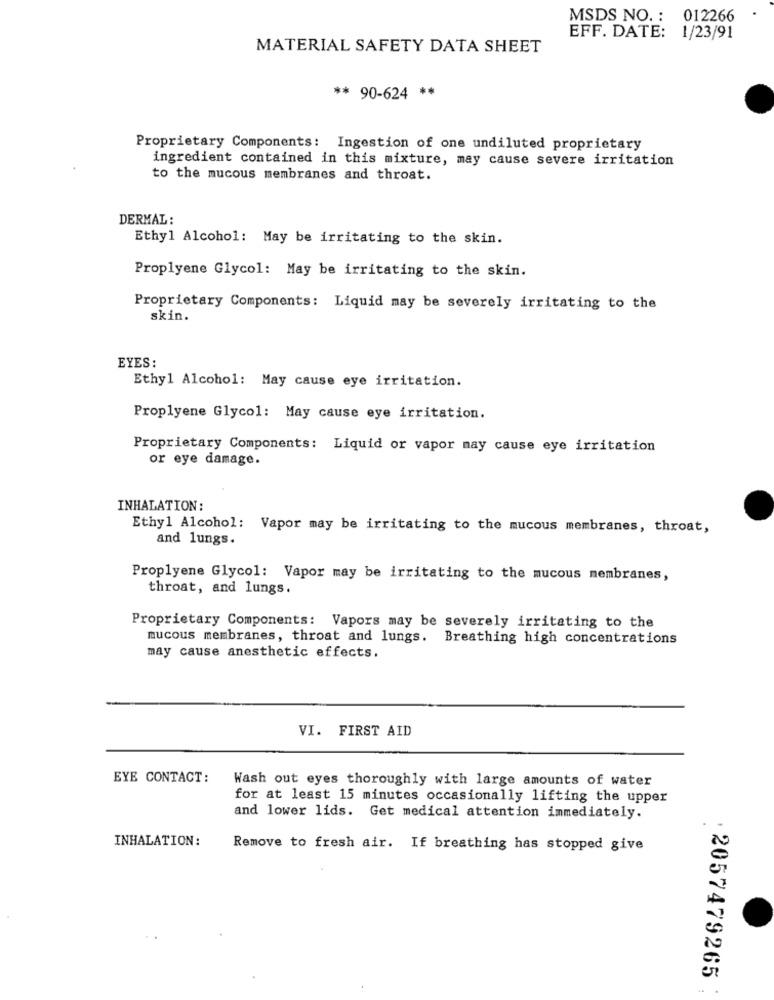
MSDS NO. : 012266
EFF. DATE: 1/23/91
MATERIAL SAFETY DATA SHEET
** 90-624 **
Proprietary Components: Ingestion of one undiluted proprietary
ingredient contained in this mixture, may cause severe irritation
to the mucous membranes and throat.
DERMAL :
Ethyl Alcohol: May be irritating to the skin.
Proplyene Glycol: May be irritating to the skin.
Proprietary Components: Liquid may be severely irritating to the
skin.
EYES:
Ethyl Alcohol: May cause eye irritation.
Proplyene Glycol: May cause eye irritation.
Proprietary Components: Liquid or vapor may cause eye irritation
or eye damage.
INHALATION :
Ethyl Alcohol: Vapor may be irritating to the mucous membranes, throat,
and lungs.
Proplyene Glycol: Vapor may be irritating to the mucous membranes,
throat, and lungs.
Proprietary Components: Vapors may be severely irritating to the
mucous membranes, throat and lungs. Breathing high concentrations
may cause anesthetic effects.
VI. FIRST AID
EYE CONTACT:
Wash out eyes thoroughly with large amounts of water
for at least 15 minutes occasionally lifting the upper
and lower lids. Get medical attention immediately.
INHALATION :
Remove to fresh air. If breathing has stopped give
. 2057479265